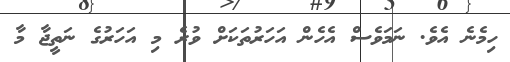
ހިމެނެ އެވެ. ނަމަވެސް އެހެން އަހަރުތަކަށް ވުރެ މި އަހަރުގެ ނަތީޖާ މާ